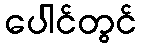
ပေါင်တွင်